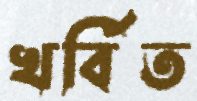
খর্বিত